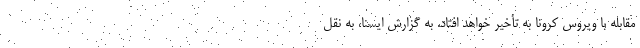
مقابله با ویروس کرونا به تأخیر خواهد افتاد. به گزارش ایسنا، به نقل